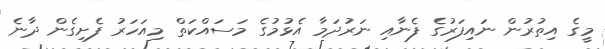
މީގެ އިތުރުން ނައިފަރުގެ ފެނާއި ނަރުދަމާ އެޅުމުގެ މަސައްކަތް މިއަހަރު ފެށިގެން ދާނެ